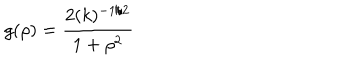
LaTeX: g ( \rho ) = \frac { 2 ( k ) ^ { - 1 / 2 } } { 1 + { \rho } ^ { 2 } }